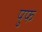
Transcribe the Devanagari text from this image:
पुफ